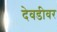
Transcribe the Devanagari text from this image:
देवडीवर